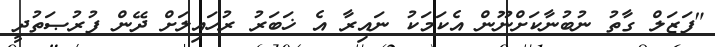
"ފަޒަލް ގާތު ނުބުނާކަށްނޫން އެކަމަކު ނައިރާ އެ ޚަބަރު ރުހައިލަށް ދޭން ފުރުޞަތުދީ